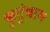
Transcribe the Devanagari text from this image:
कुटूंबास